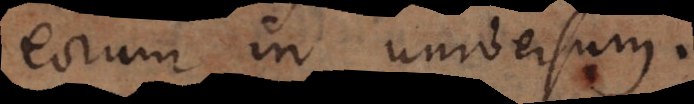
eorum in universum.